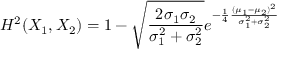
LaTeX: H ^ { 2 } ( X _ { 1 } , X _ { 2 } ) = 1 - { \sqrt { \frac { 2 \sigma _ { 1 } \sigma _ { 2 } } { \sigma _ { 1 } ^ { 2 } + \sigma _ { 2 } ^ { 2 } } } } e ^ { - { \frac { 1 } { 4 } } { \frac { ( \mu _ { 1 } - \mu _ { 2 } ) ^ { 2 } } { \sigma _ { 1 } ^ { 2 } + \sigma _ { 2 } ^ { 2 } } } }